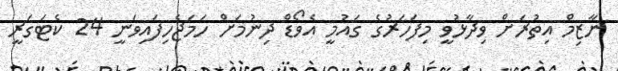
ނާޒިމް އިތުރަށް ވިދާޅުވީ މިފަހަރުގެ ގައުމީ އެވޯޑް ދިނުމަށް ހަމަޖެހިފައިވަނީ 24 ކެޓަގަރީ